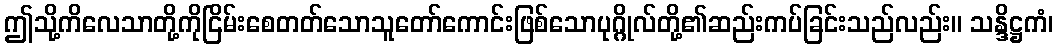
ဤသို့ကိလေသာတို့ကိုငြိမ်းစေတတ်သောသူတော်ကောင်းဖြစ်သောပုဂ္ဂိုလ်တို့၏ဆည်းကပ်ခြင်းသည်လည်း။ သန္ဒိဋ္ဌကံ၊